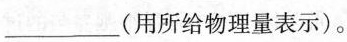
___(用所给物理量表示)。